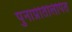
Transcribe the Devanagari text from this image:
पुनार्प्रतिलिपित